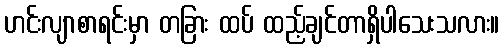
ဟင်းလျာစာရင်းမှာ တခြား ထပ် ထည့်ချင်တာရှိပါသေးသလား။